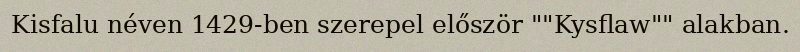
Kisfalu néven 1429-ben szerepel először ""Kysflaw"" alakban.